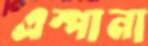
এস্পানা